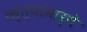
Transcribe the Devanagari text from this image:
रस्त्यांमार्गे